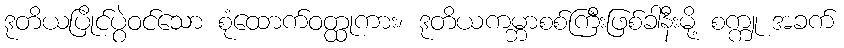
ဒုတိယပြိုင်ပွဲဝင်သော စုံထောက်ဝတ္ထုကား၊ ဒုတိယကမ္ဘာစစ်ကြီးဖြစ်ခါနီးမို့ စက္ကူ အခက်